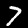
Label: 7